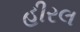
હીરલ